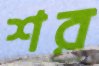
শর